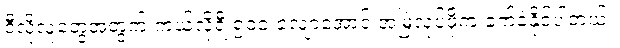
ဒီလိုလူတွေအတွက် ကယ်လိုရီ ၅၀၀ လျော့အောင် အမြဲလုပ်ဖို့က ခက်ခဲနိုင်ပါတယ်။